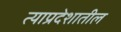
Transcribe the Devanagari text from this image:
त्याप्रदेशातील